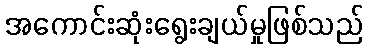
အကောင်းဆုံးရွေးချယ်မှုဖြစ်သည်